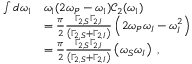
\begin{array} { r l } { \int d \omega _ { 1 } } & { \omega _ { 1 } ( 2 \omega _ { P } - \omega _ { 1 } ) \mathcal { C } _ { 2 } ( \omega _ { 1 } ) } \\ & { = \frac { \pi } { 2 } \frac { \Gamma _ { 2 , S } \Gamma _ { 2 , I } } { \left( \Gamma _ { 2 , S } + \Gamma _ { 2 , I } \right) } \left( 2 \omega _ { P } \omega _ { I } - \omega _ { I } ^ { 2 } \right) } \\ & { = \frac { \pi } { 2 } \frac { \Gamma _ { 2 , S } \Gamma _ { 2 , I } } { \left( \Gamma _ { 2 , S } + \Gamma _ { 2 , I } \right) } \left( \omega _ { S } \omega _ { I } \right) \ , } \end{array}